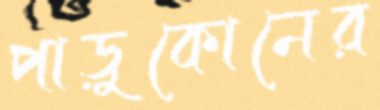
পাড়ুকোনের